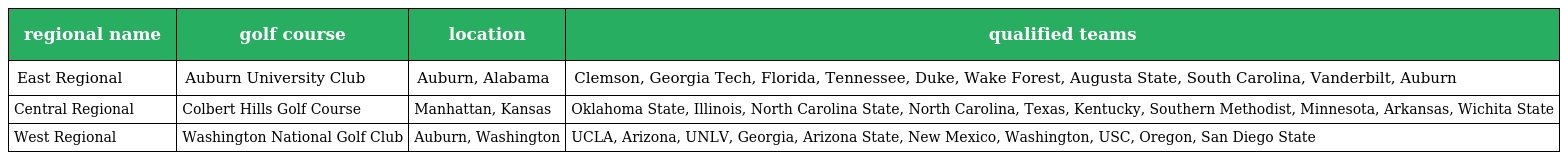
| regional name | golf course | location | qualified teams |
 | --- | --- | --- | --- |
 | East Regional | Auburn University Club | Auburn, Alabama | Clemson, Georgia Tech, Florida, Tennessee, Duke, Wake Forest, Augusta State, South Carolina, Vanderbilt, Auburn |
 | Central Regional | Colbert Hills Golf Course | Manhattan, Kansas | Oklahoma State, Illinois, North Carolina State, North Carolina, Texas, Kentucky, Southern Methodist, Minnesota, Arkansas, Wichita State |
 | West Regional | Washington National Golf Club | Auburn, Washington | UCLA, Arizona, UNLV, Georgia, Arizona State, New Mexico, Washington, USC, Oregon, San Diego State |